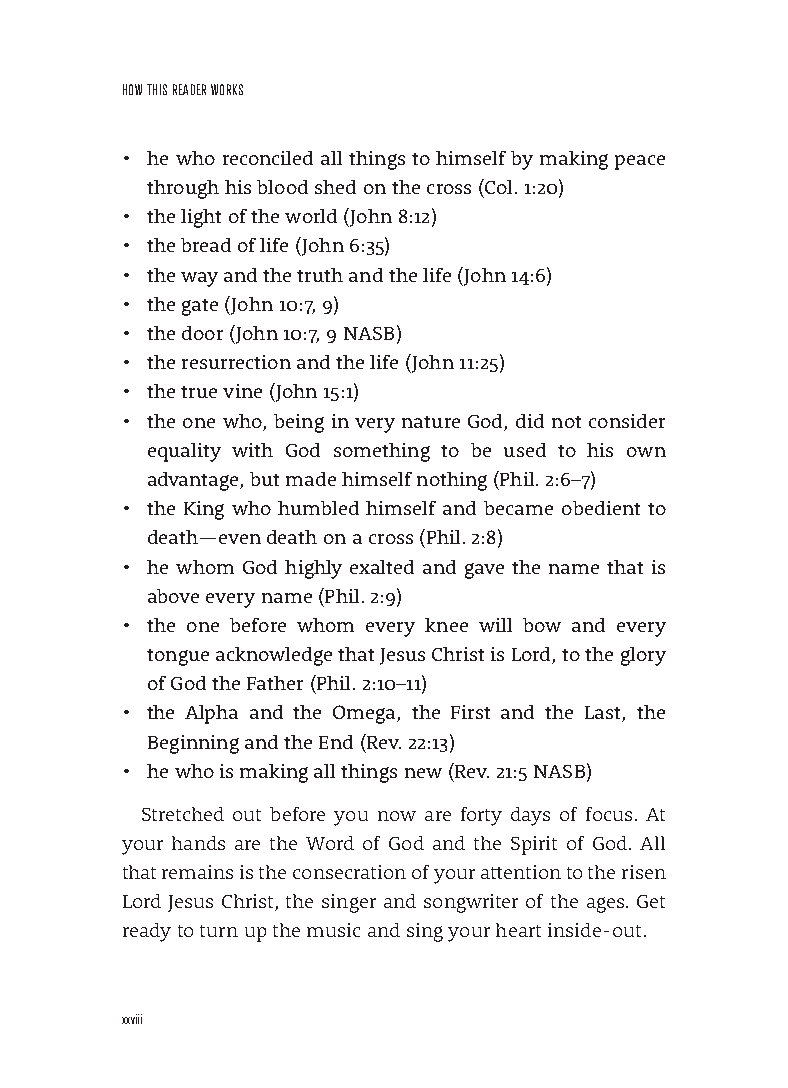
HoW THIs reADer Works
 • he who reconciled all things to himself by making peace
 through his blood shed on the cross (Col . 1:20)
 • the light of the world (John 8:12)
 • the bread of life (John 6:35)
 • the way and the truth and the life (John 14:6)
 • the gate (John 10:7, 9)
 • the door (John 10:7, 9 NASB)
 • the resurrection and the life (John 11:25)
 • the true vine (John 15:1)
 • the one who, being in very nature God, did not consider
 equality with God something to be used to his own
 advantage, but made himself nothing (Phil . 2:6–7)
 • the King who humbled himself and became obedient to
 death—even death on a cross (Phil . 2:8)
 • he whom God highly exalted and gave the name that is
 above every name (Phil . 2:9)
 • the one before whom every knee will bow and every
 tongue acknowledge that Jesus Christ is Lord, to the glory
 of God the Father (Phil . 2:10–11)
 • the Alpha and the Omega, the First and the Last, the
 Beginning and the End (Rev . 22:13)
 • he who is making all things new (Rev . 21:5 NASB)
 Stretched out before you now are forty days of focus. At
 your hands are the Word of God and the Spirit of God. All
 that remains is the consecration of your attention to the risen
 Lord Jesus Christ, the singer and songwriter of the ages. Get
 ready to turn up the music and sing your heart inside-out.
 xxviii